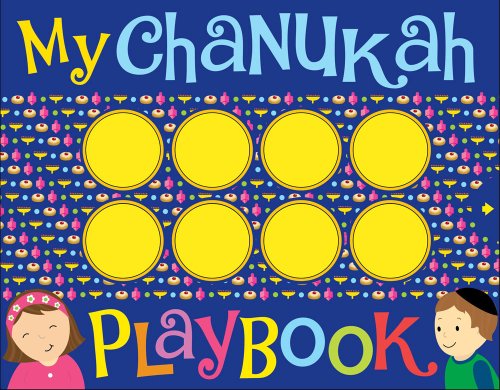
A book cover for My Chanukah Playbook; Salina Yoon; Children's Books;